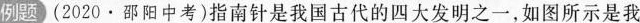
例题(2020·邵阳中考)指南针是我